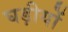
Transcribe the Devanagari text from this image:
घड़ीयों